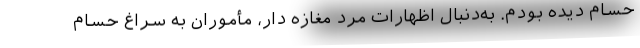
حسام دیده بودم. به‌دنبال اظهارات مرد مغازه دار، مأموران به سراغ حسام